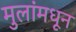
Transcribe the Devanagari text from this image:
मुलांमधून